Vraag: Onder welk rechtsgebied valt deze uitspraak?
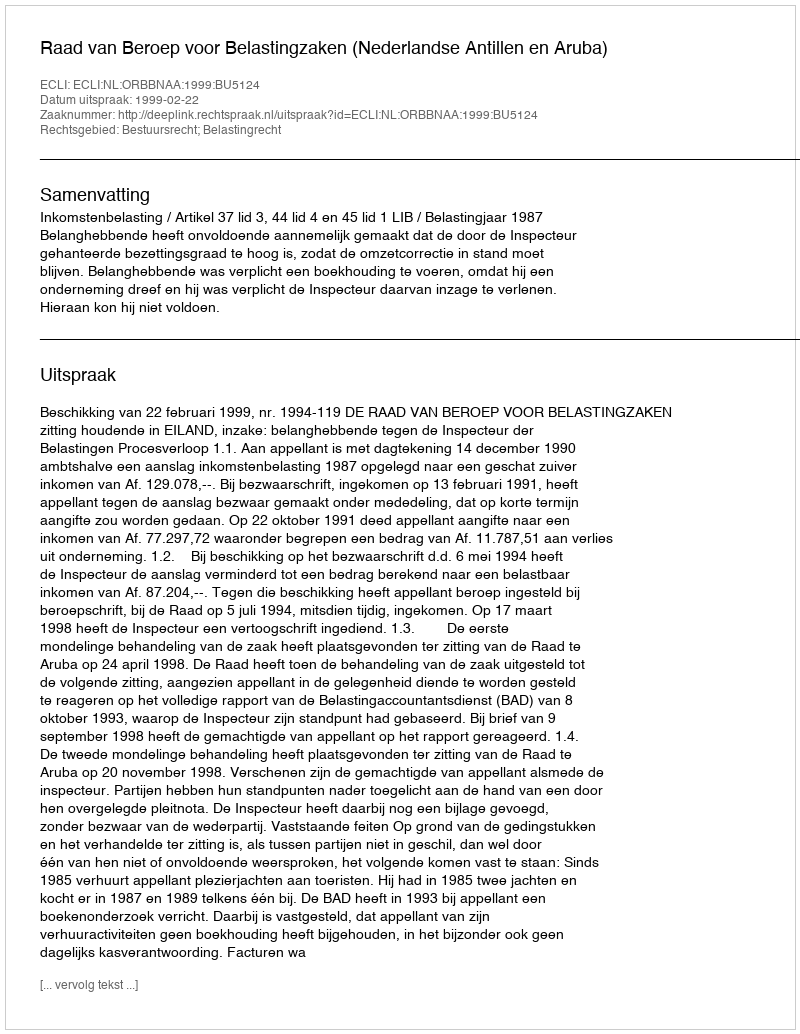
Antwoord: Bestuursrecht; Belastingrecht